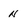
Character: n